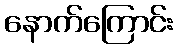
နောက်ကြောင်း